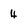
Character: 4